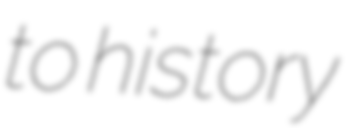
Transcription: to history